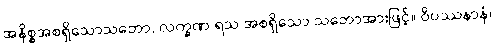
အနိစ္စအစရှိသောသဘော, လက္ခဏ ရသ အစရှိသော သဘောအားဖြင့်။ ဝိပဿနာနံ၊